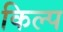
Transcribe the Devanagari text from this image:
किल्प